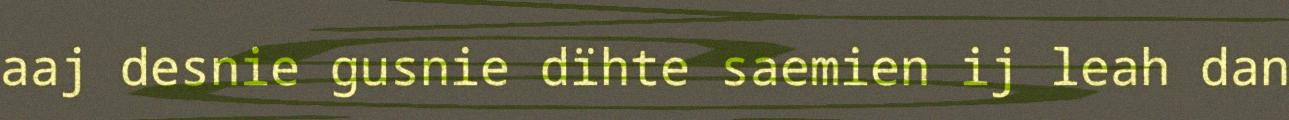
aaj desnie gusnie dïhte saemien ij leah dan